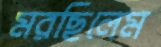
মরছিলেম